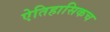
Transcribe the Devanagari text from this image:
ऐतिहासिकच